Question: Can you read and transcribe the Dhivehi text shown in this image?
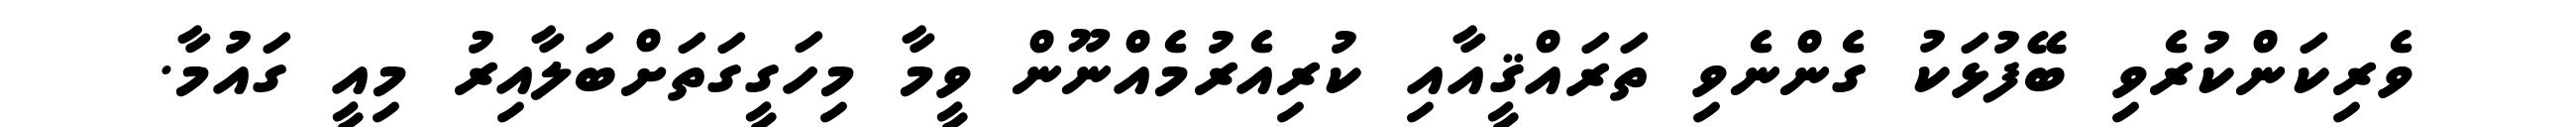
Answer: ވެރިކަންކުރެވި ބޭފުޅަކު ގެންނެވި ތަރައްޤީއާއި ކުރިއެރުމެއްނޫން ވީމާ މިހަގީގަތަށްބަލާއިރު މިއީ ގައުމާ.